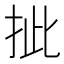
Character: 㧗